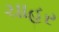
ચાહર